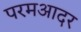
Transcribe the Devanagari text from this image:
परमआदर